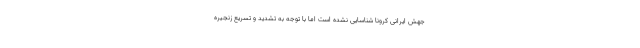
جهش ایرانی کرونا شناسایی نشده است اما با توجه به تشدید و تسریع زنجیره